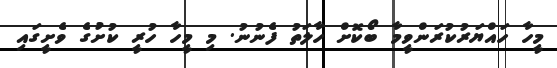
މީހާ ހައްޔަރުކުރަންވީމާ ބޯކޮށް ހާލަތު ފެނުނު. މި މީހާ ހުރީ ކުށުގެ ވެށީގައި